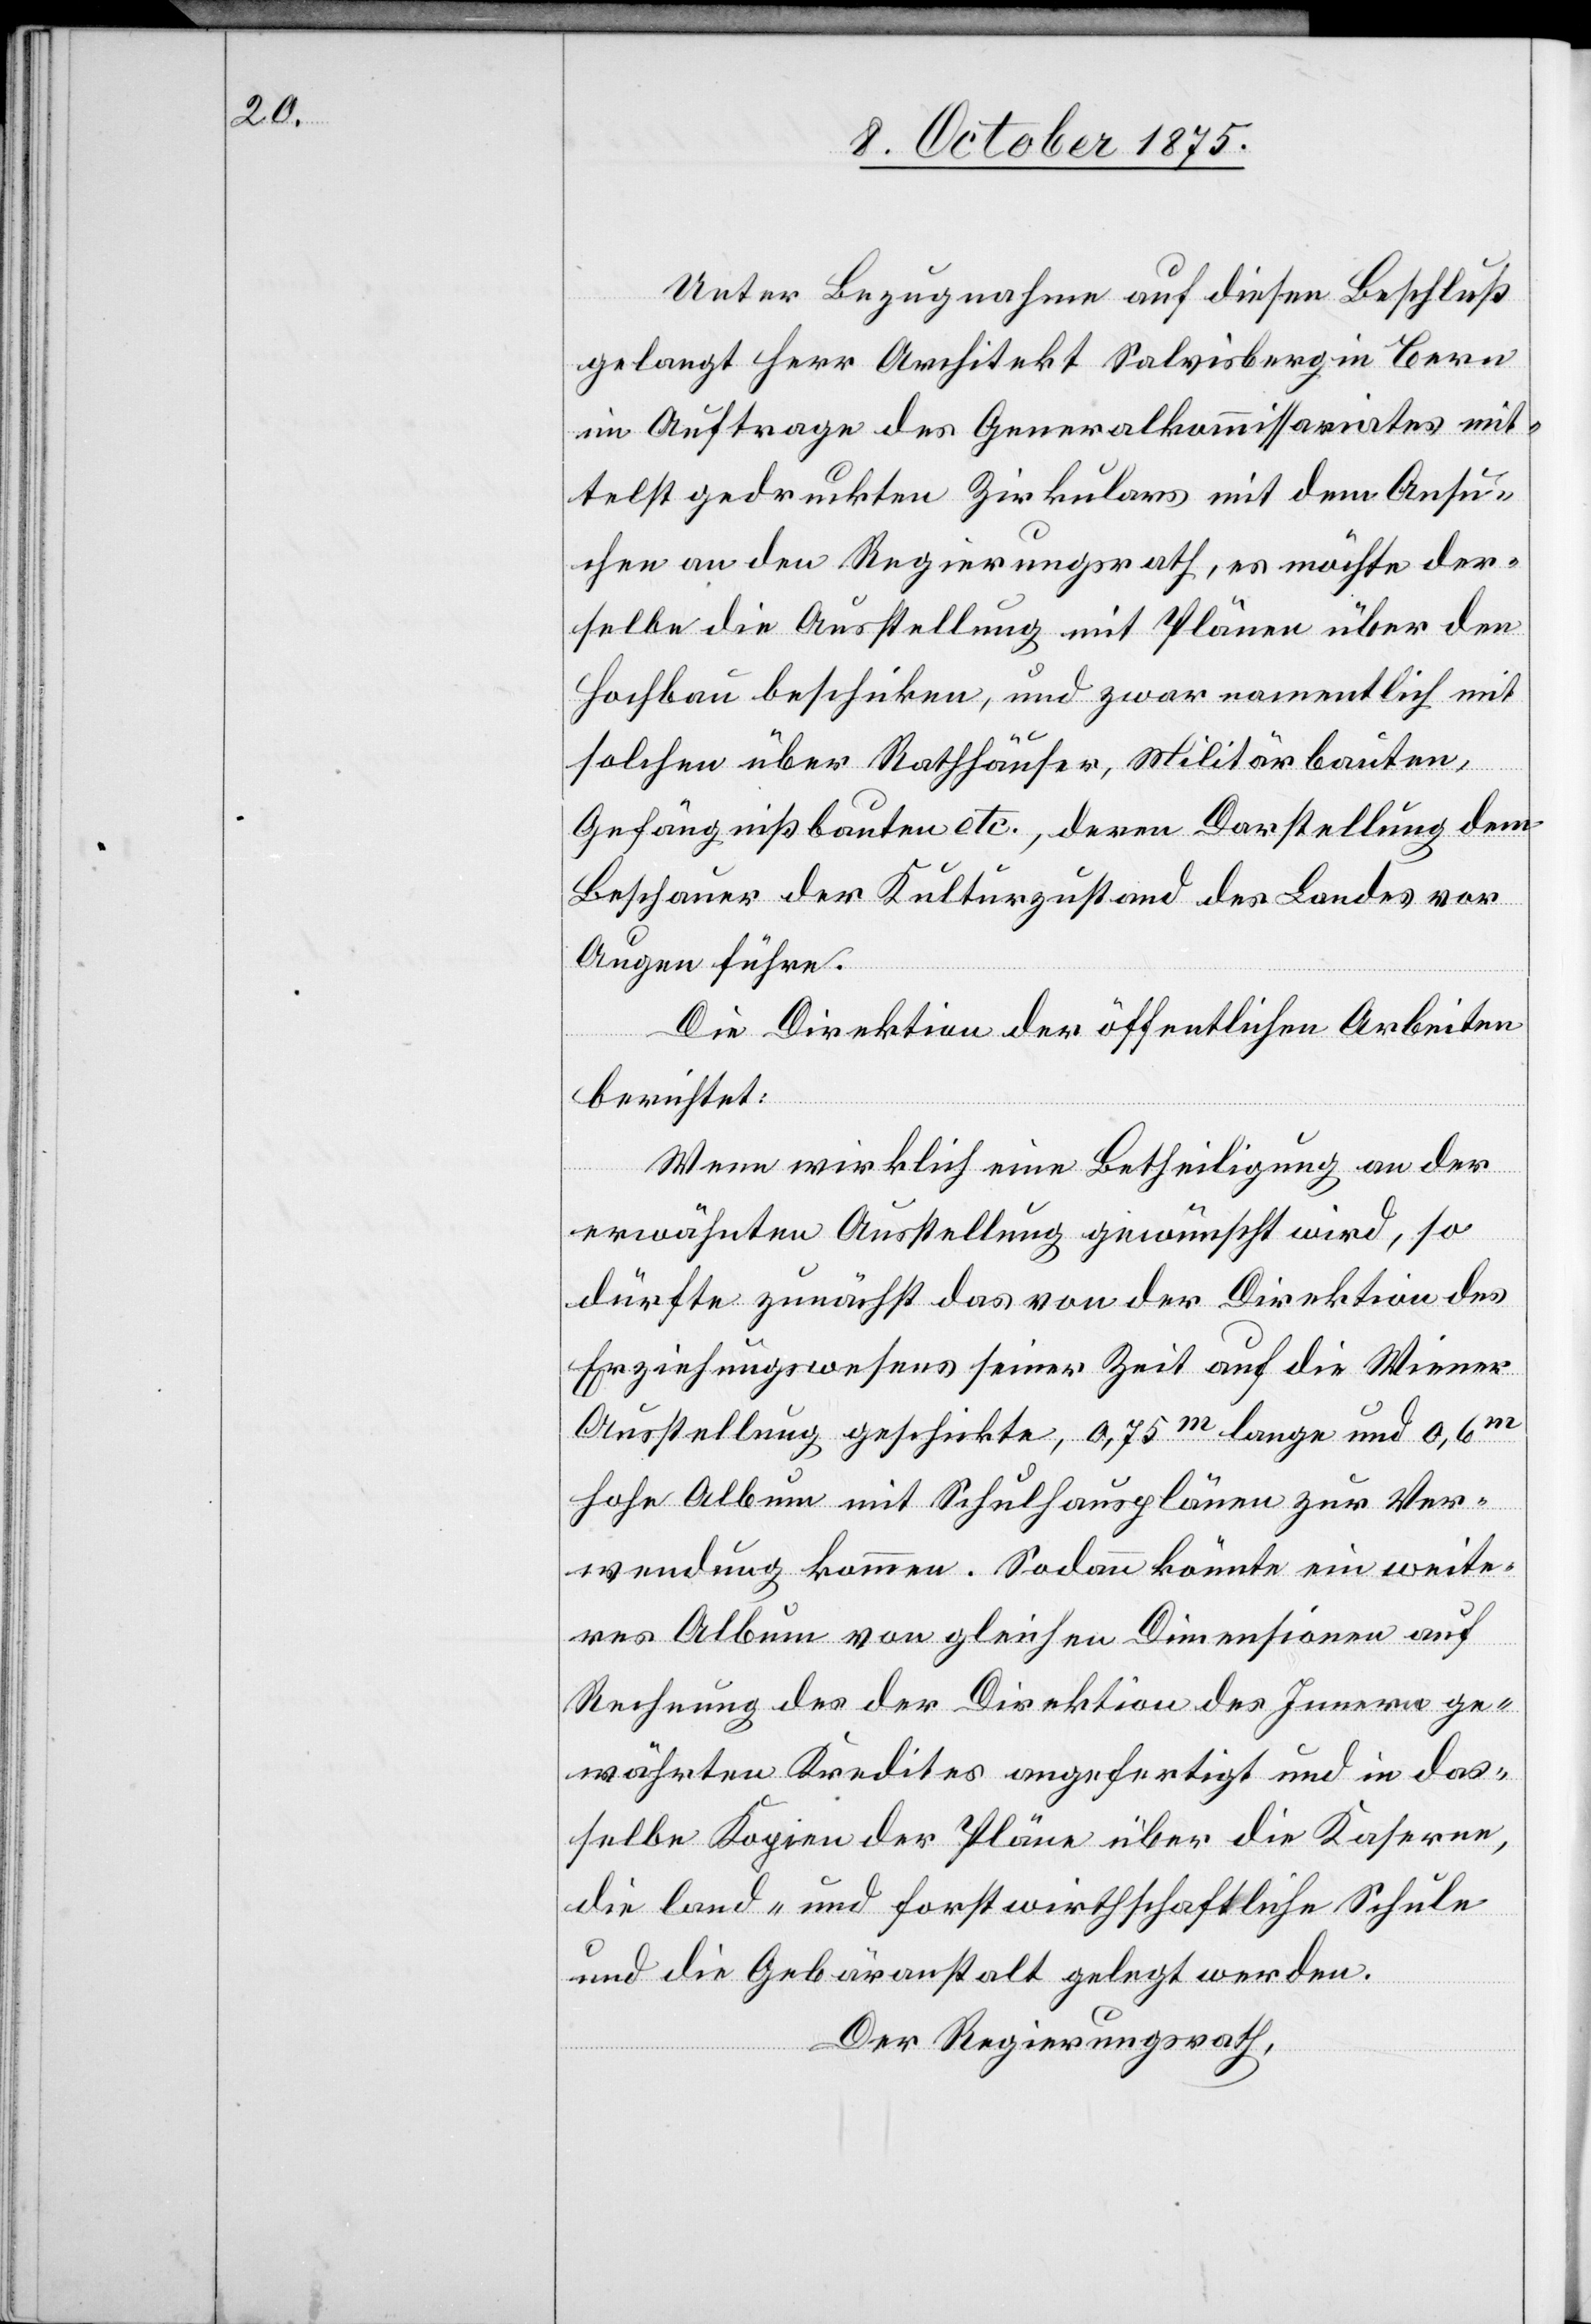
Unter Bezugnahme auf diesen Beschluß
gelangt Herr Architekt Salvisberg in Bern
im Auftrage des Generalkommissariates mit¬
telst gedruckten Zirkulars mit dem Ansu¬
chen an den Regierungsrath, es möchte der¬
selbe die Ausstellung mit Plänen über den
Hochbau beschicken, und zwar namentlich mit
solchen über Rathhäuser, Militärbauten,
Gefängnißbauten etc., deren Darstellung dem
Beschauer der Kulturzustand des Landes vor
Augen führe.
Die Direktion der öffentlichen Arbeiten
berichtet:
Wenn wirklich eine Betheiligung an der
erwähnten Ausstellung gewünscht wird, so
dürfte zunächst das von der Direktion des
Erziehungswesens seiner Zeit auf die Wiener
Ausstellung geschickte, 0,75m lange und 0,6m
hohe Album mit Schulhausplänen zur Ver¬
wendung kommen. Sodann könnte ein weite¬
res Album von gleichen Dimensionen auf
Rechnung des der Direktion des Innern ge¬
währten Kredites angefertigt und in das¬
selbe Kopien der Pläne über die Kaserne,
die land- und forstwirthschaftliche Schule
und die Gebäranstalt gelegt werden.
Der Regierungsrath,